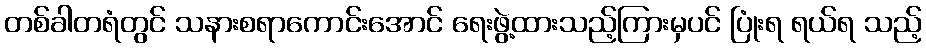
တစ်ခါတရံတွင် သနားစရာကောင်းအောင် ရေးဖွဲ့ထားသည့်ကြားမှပင် ပြုံးရ ရယ်ရ သည့်